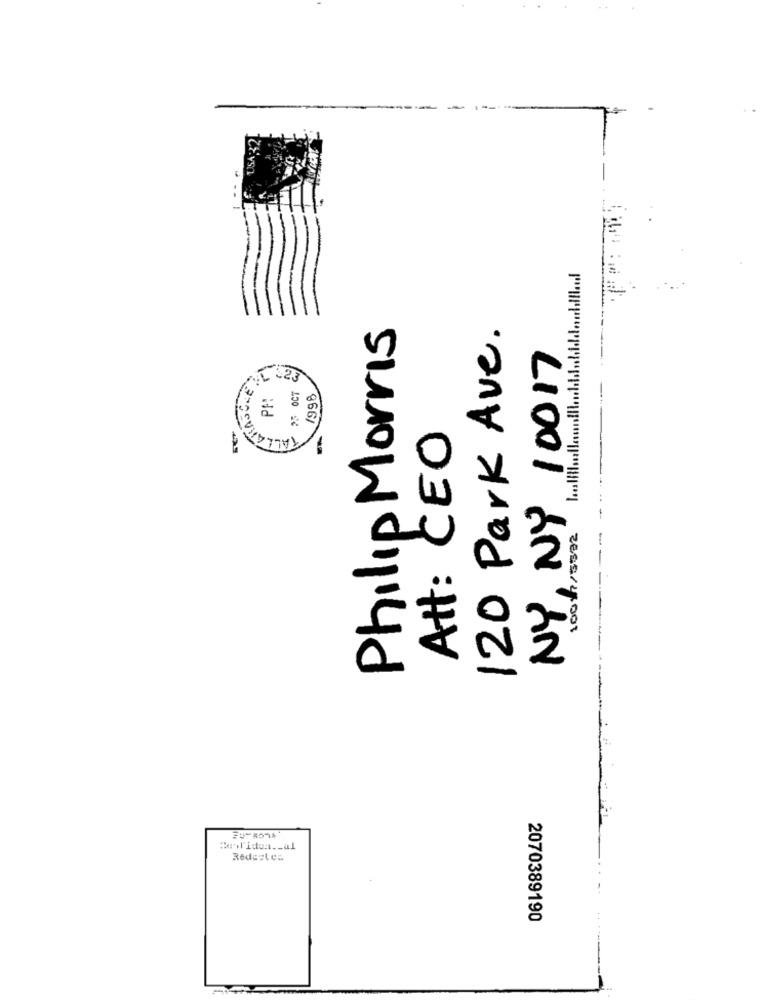
Philip Morris
120 Park Ave.
NY, NY 10017
1996
TALLAR
Att: CEO
1001/5592
#howlidon ._ al
Redeetcs
2070389190